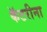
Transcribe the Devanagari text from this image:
कॅटरीना